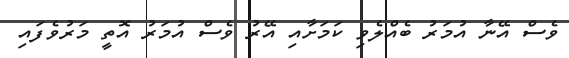
ވެސް އޭނާ އުމަރު ބެއްލެވި ކަމަށާއި އޭރު ވެސް އުމަރު އޮތީ މަރުވެފައި